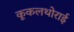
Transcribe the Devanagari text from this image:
कूकलथोराई